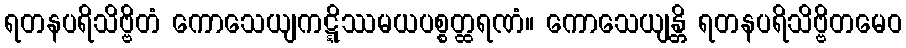
ရတနပရိသိဗ္ဗိတံ ကောသေယျကဋ္ဋိဿမယပစ္စတ္ထရဏံ။ ကောသေယျန္တိ ရတနပရိသိဗ္ဗိတမေဝ